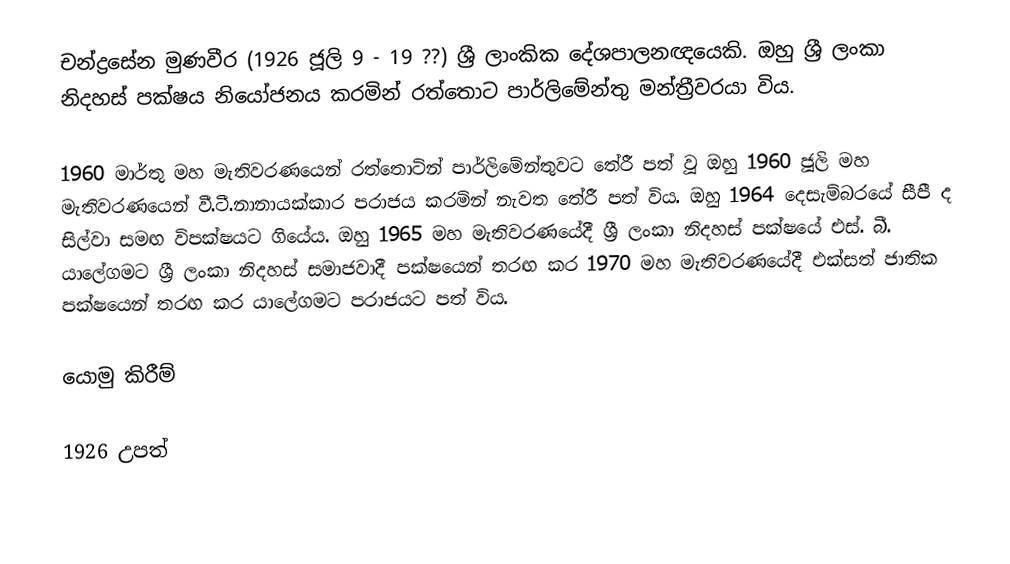
චන්ද්‍රසේන මුණවීර (1926 ජූලි 9 - 19 ??) ශ්‍රී ලාංකික දේශපාලනඥයෙකි. ඔහු ශ්‍රී ලංකා නිදහස් පක්ෂය නියෝජනය කරමින් රත්තොට පාර්ලිමේන්තු මන්ත්‍රීවරයා විය.

1960 මාර්තු මහ මැතිවරණයෙන් රත්තොටින් පාර්ලිමේන්තුවට තේරී පත් වූ ඔහු 1960 ජූලි මහ මැතිවරණයෙන් වී.ටී.නානායක්කාර පරාජය කරමින් නැවත තේරී පත් විය. ඔහු 1964 දෙසැම්බරයේ සීපී ද සිල්වා සමඟ විපක්ෂයට ගියේය. ඔහු 1965 මහ මැතිවරණයේදී ශ්‍රී ලංකා නිදහස් පක්ෂයේ එස්. බී. යාලේගමට ශ්‍රී ලංකා නිදහස් සමාජවාදී පක්ෂයෙන් තරඟ කර 1970 මහ මැතිවරණයේදී එක්සත් ජාතික පක්ෂයෙන් තරඟ කර යාලේගමට පරාජයට පත් විය.

යොමු කිරීම්

1926 උපත්